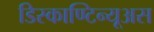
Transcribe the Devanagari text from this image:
डिस्काण्टिन्यूअस